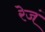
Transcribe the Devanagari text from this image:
रेजं